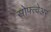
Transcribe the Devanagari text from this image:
सोफ़्त्वेअर